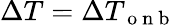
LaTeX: \Delta T=\Delta T_{\mathrm{~o~n~b~}}